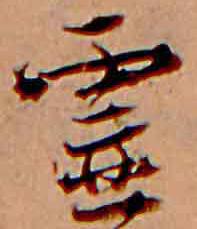
霊